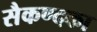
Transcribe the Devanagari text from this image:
सैकण्दका